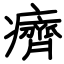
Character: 癠